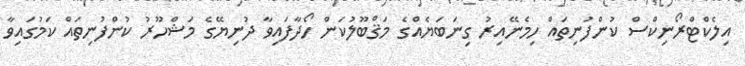
އިލެކްޓްރޯނިކްސް ކުންފުނިތައް ހިމެނޭއިރު ގިނަބަޔެއްގެ މަޤްބޫލުކަން ހޯދާފައިވާ ދުނިޔޭގެ މަޝްހޫރު ކުންފުނިތައް ކަމުގައިވާ